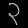
Digit: ၃